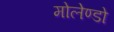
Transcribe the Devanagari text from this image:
मोलेण्डो